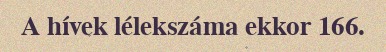
A hívek lélekszáma ekkor 166.